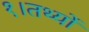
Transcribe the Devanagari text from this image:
१।तथ्यों